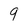
Character: 9